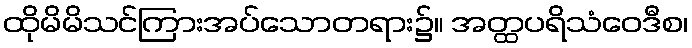
ထိုမိမိသင်ကြားအပ်သောတရား၌။ အတ္ထပရိသံဝေဒီစ၊